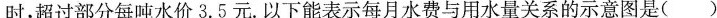
时，超过部分每吨水价3.5元，以下能表示每月水费与用水量关系的示意图是（）